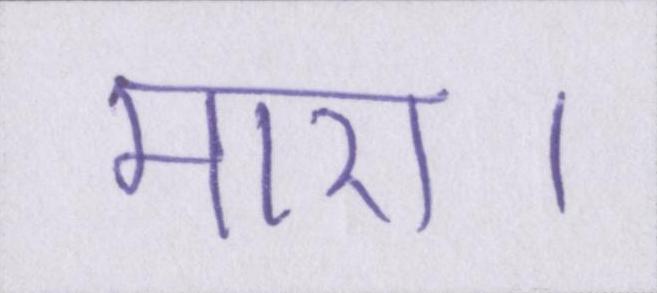
मारा।